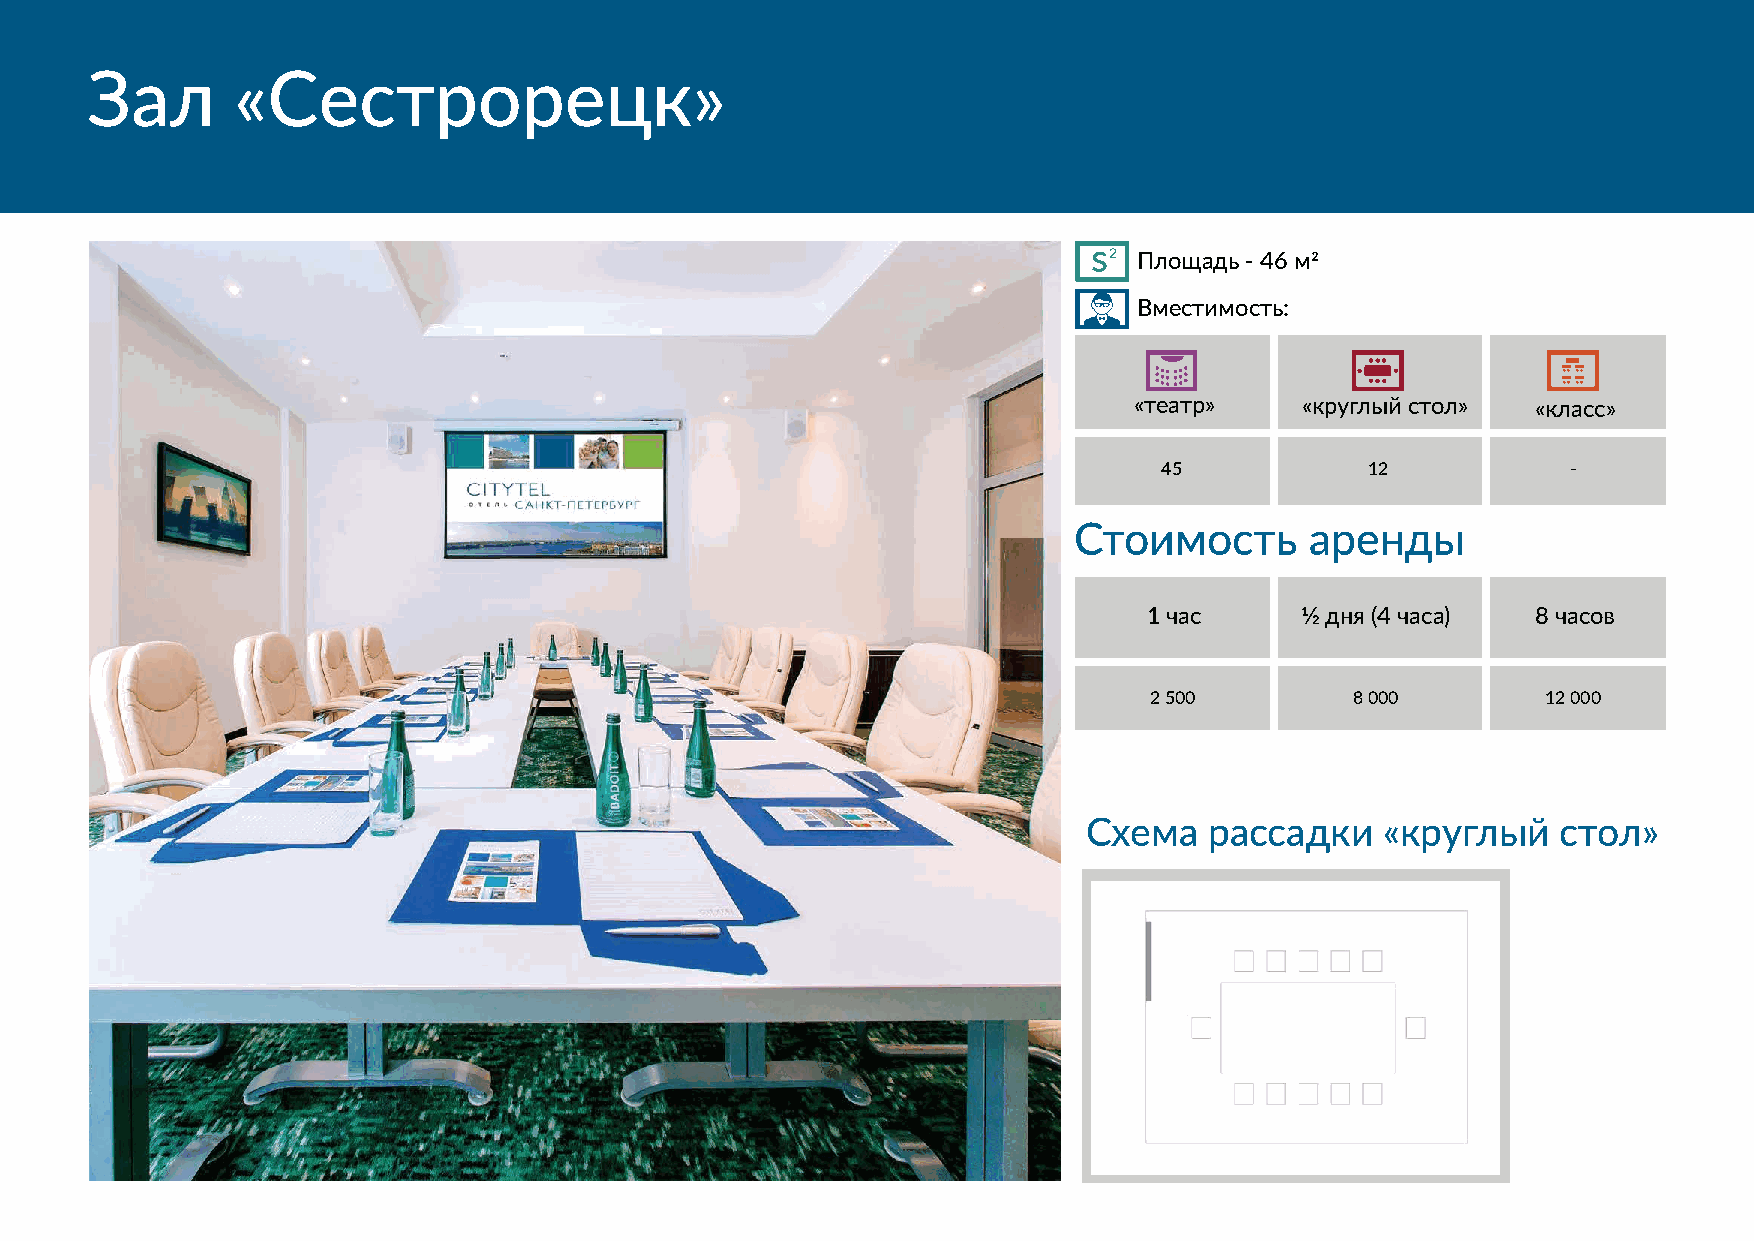
Зал      «Сестрорецк»
 s2
 Площадь - 46 м2
 Вместимость:
 «театр»    «круглый стол»  «класс»
 45            12           -
 Стоимость       аренды
 1 час     1⁄2 дня (4 часа) 8 часов
 2 500         8 000       12 000
 Схема   рассадки    «круглый   стол»